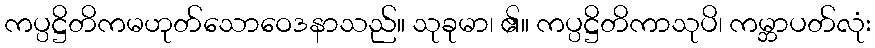
ကပ္ပဋ္ဌိတိကမဟုတ်သောဝေဒနာသည်။ သုခုမာ၊ ၏။ ကပ္ပဋ္ဌိတိကာသုပိ၊ ကမ္ဘာပတ်လုံး